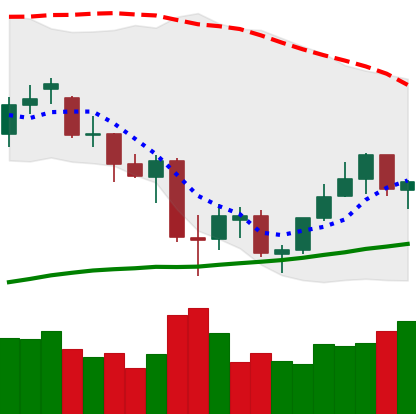
Ticker: ETH-USD
Chart end date: 2021-07-02
Forward return: 7.68%
Label: up_7plus